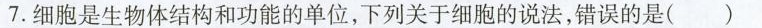
7.细胞是生物体结构和功能的单位，下列关于细胞的说法，错误的是( )